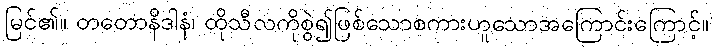
မြင်၏။ တတောနိဒါနံ၊ ထိုသီလကိုစွဲ၍ဖြစ်သောစကားဟူသောအကြောင်းကြောင့်။